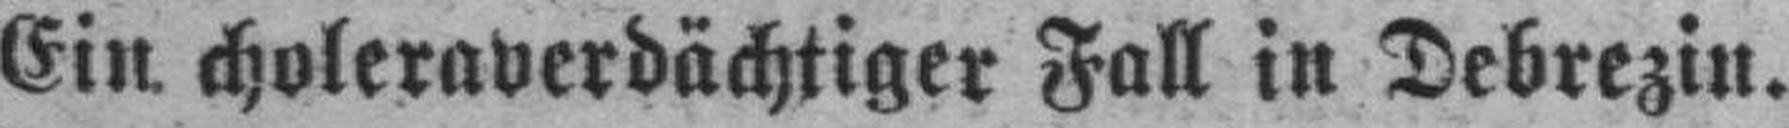
Ein choleraverdächtiger Fall in Debrezin.